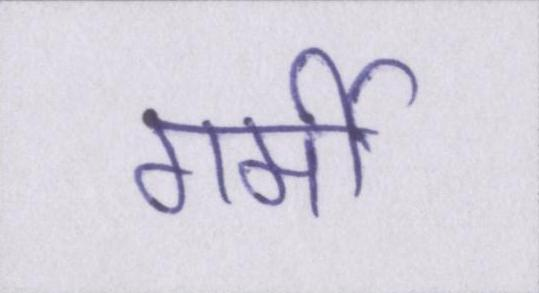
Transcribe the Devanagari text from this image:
गर्मी